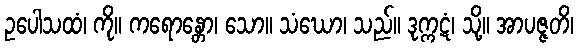
ဥပေါသထံ၊ ကို။ ကရောန္တော၊ သော။ သံဃော၊ သည်။ ဒုက္ကဋံ၊ သို့။ အာပဇ္ဇတိ၊